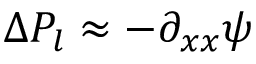
\Delta P _ { l } \approx - \partial _ { x x } \psi